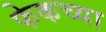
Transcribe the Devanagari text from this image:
फेकच्या